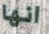
انها